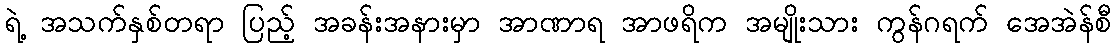
ရဲ့ အသက်နှစ်တရာ ပြည့် အခန်းအနားမှာ အာဏာရ အာဖရိက အမျိုးသား ကွန်ဂရက် အေအဲန်စီ